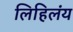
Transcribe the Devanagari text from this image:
लिहिलंय